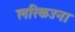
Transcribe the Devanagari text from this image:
लरिकउना